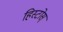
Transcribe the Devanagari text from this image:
हिस्टोस्‌